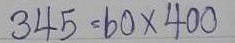
345 = 60 x 400